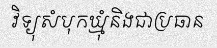
វិទ្យុសំបុកឃ្មុំនិងជាប្រធាន